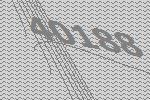
40188